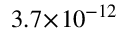
3 . 7 \! \times \! 1 0 ^ { - 1 2 }